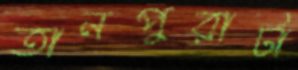
তানপুরাটা